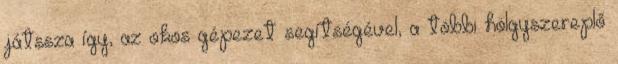
játssza így, az okos gépezet segítségével, a többi hölgyszereplő